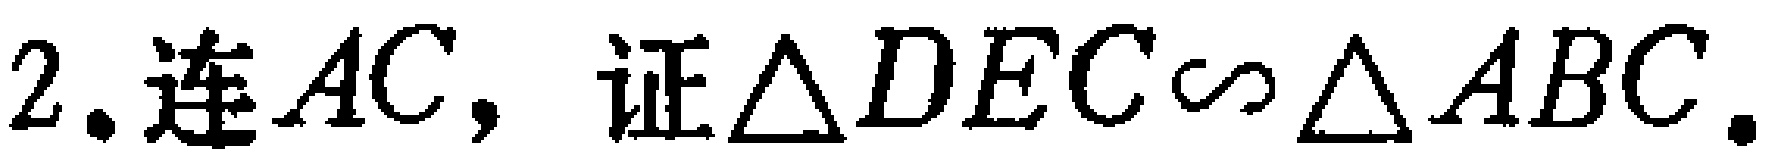
2. 连 \(AC\)，证\(\triangle DEC\sim\triangle ABC\)。